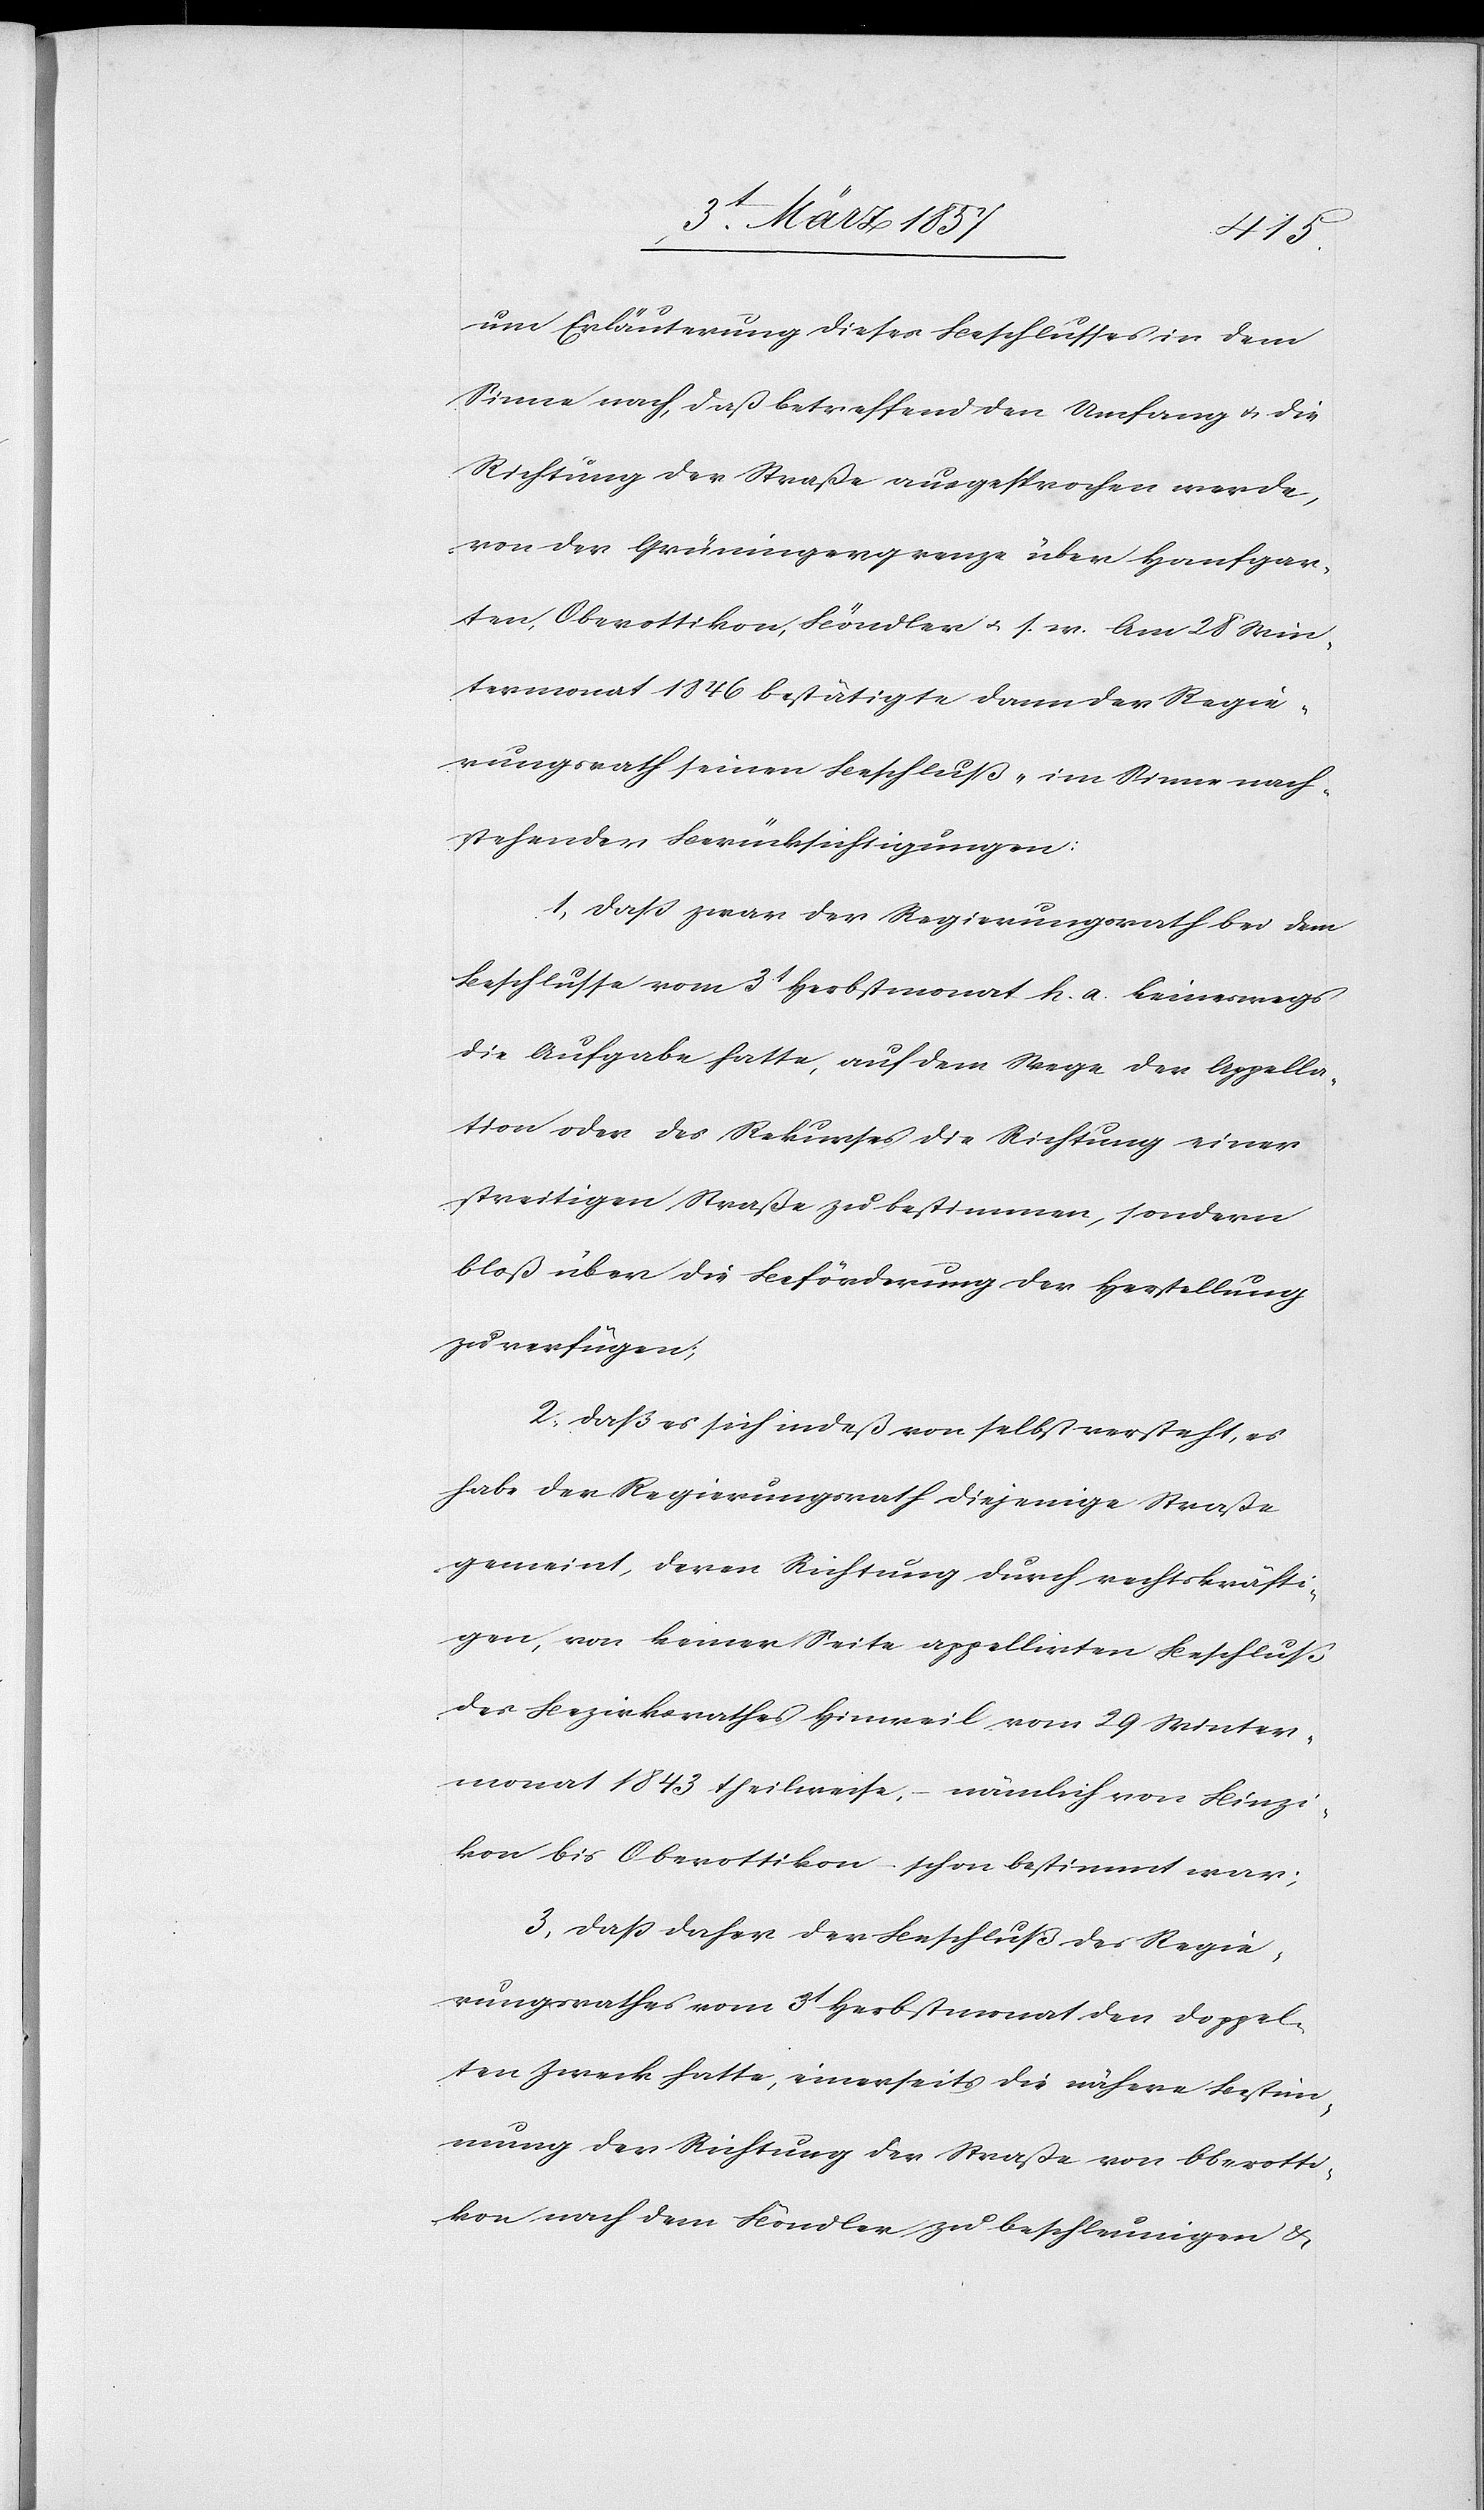
um Erläuterung dieses Beschlusses in dem
Sinne nach, daß betreffend den Umfang u. die
Richtung der Straße ausgesprochen werde,
von der Grüningergrenze über Hanfgar¬
ten, Oberottikon, Böndler u. s. w. Am 28 Win¬
termonat 1846 bestätigte dann der Regie¬
rungsrath seinen Beschluß „im Sinne nach¬
stehender Berücksichtigungen:
1, Daß zwar der Regierungsrath bei dem
Beschlusse vom 3t Herbstmonat h. a. keineswegs
die Aufgabe hatte, auf dem Wege der Appella¬
tion oder des Rekurses die Richtung einer
streitigen Straße zu bestimmen, sondern
bloß über die Beförderung der Herstellung
zu verfügen;
2. Daß es sich indeß von selbst versteht, es
habe der Regierungsrath diejenige Straße
gemeint, deren Richtung durch rechtskräfti¬
gen, von keiner Seite appellirten Beschluß
des Bezirksrathes Hinweil vom 29 Winter¬
monat 1843 theilweise, nämlich von Binzi¬
kon bis Oberottikon ( schon bestimmt war;
3. Daß daher der Beschluß des Regie¬
rungsrathes vom 3t Herbstmonat den doppel¬
ten Zweck hatte, einerseits die nähere Bestim¬
mung der Richtung der Straße von Oberotti¬
kon nach dem Böndler zu beschleunigen &